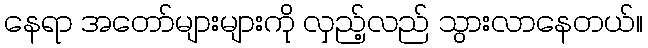
နေရာ အတော်များများကို လှည့်လည် သွားလာနေတယ်။